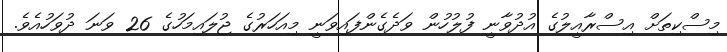
މިސްކިތަށް އިސްރާއީލުގެ އުދުވާނީ ފުލުހުން ވަދެގެންފައިވަނީ މިއަހަރުގެ ޖުލައިމަހުގެ 26 ވަނަ ދުވަހުއެވެ.